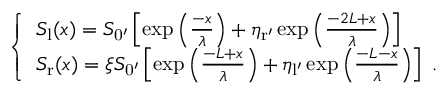
\left\{ \begin{array} { l l } { S _ { \mathrm { l } } ( x ) = S _ { \mathrm { 0 ^ { \prime } } } \left[ \exp { \left( \frac { - x } { \lambda } \right) } + \eta _ { \mathrm { r ^ { \prime } } } \exp { \left( \frac { - 2 L + x } { \lambda } \right) } \right] } \\ { S _ { \mathrm { r } } ( x ) = \xi S _ { \mathrm { 0 ^ { \prime } } } \left[ \exp { \left( \frac { - L + x } { \lambda } \right) } + \eta _ { \mathrm { l ^ { \prime } } } \exp { \left( \frac { - L - x } { \lambda } \right) } \right] \ . } \end{array} \right.